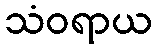
သံဝရာယ